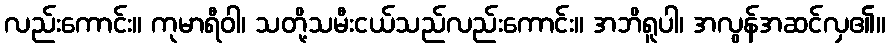
လည်းကောင်း။ ကုမာရီဝါ၊ သတို့သမီးငယ်သည်လည်းကောင်း။ အဘိရူပါ၊ အလွန်အဆင်လှ၏။